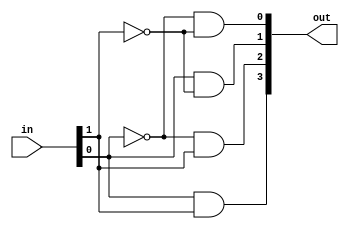
module Decode24 ( out , in ) ;
  input [ 1 : 0 ] in ;
  output [ 3 : 0 ] out ;
  
	wire inv0, inv1;
	not not0(inv0, in[0]);
	not not1(inv1, in[1]);
	and and0(out[0], inv0, inv1);
	and and1(out[1], in[0], inv1);
	and and2(out[2], inv0, in[1]);
	and and3(out[3], in[0], in[1]);
endmodule